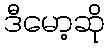
ဒီမော့ဆို